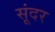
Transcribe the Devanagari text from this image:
सूंदर